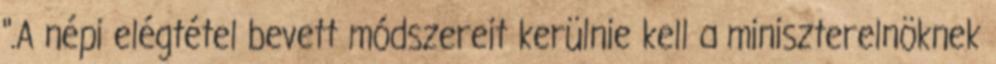
".A népi elégtétel bevett módszereit kerülnie kell a miniszterelnöknek